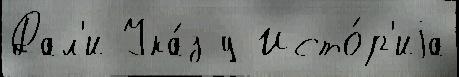
Дал'и Ука́з у Исто́р'иjа